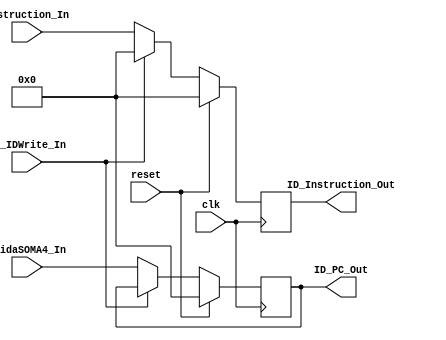
module IF_ID (clk,reset,IF_IDWrite_In,Instruction_In,SaidaSOMA4_In,ID_Instruction_Out,ID_PC_Out);
  input clk,IF_IDWrite_In,reset;
  input[31:0]Instruction_In;
  input[31:0]SaidaSOMA4_In;
  output reg[31:0] ID_Instruction_Out;
  output reg[31:0] ID_PC_Out;


always @(posedge clk) begin //or reset
  if(reset)begin
    ID_PC_Out <= 0;
    ID_Instruction_Out <= 0;
  end
  else begin
    ID_PC_Out <= (IF_IDWrite_In == 0) ? SaidaSOMA4_In : ID_PC_Out;
    ID_Instruction_Out <= (IF_IDWrite_In == 0) ? Instruction_In : 0;   //Bolhas Stall
  end
end




endmodule //IF_ID